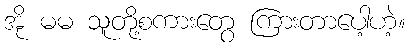
အို မမ သူတို့စကားတွေ ကြားတာပေါ့ဟဲ့။